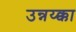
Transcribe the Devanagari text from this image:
उन्नय्क्का